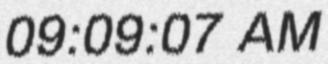
09:09:07 AM